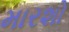
મારશો